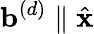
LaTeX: \mathbf{b}^{(d)}\parallel\hat{\mathbf{x}}